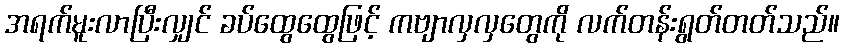
အရက်မူးလာပြီးလျှင် ခပ်ထွေထွေဖြင့် ကဗျာလှလှတွေကို လက်တန်းရွတ်တတ်သည်။